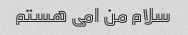
سلام من امی هستم